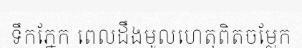
ទឹកភ្នែក ពេលដឹងមូលហេតុពិតចម្លែក